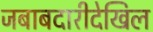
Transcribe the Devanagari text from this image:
जबाबदारीदेखिल